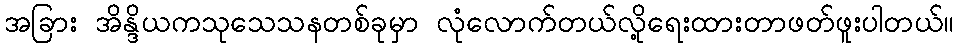
အခြား အိန္ဒိယကသုသေသနတစ်ခုမှာ လုံလောက်တယ်လို့ရေးထားတာဖတ်ဖူးပါတယ်။